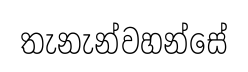
තැනැන්වහන්සේ